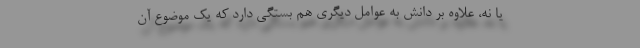
یا نه، علاوه بر دانش به عوامل دیگری هم بستگی دارد که یک موضوع آن